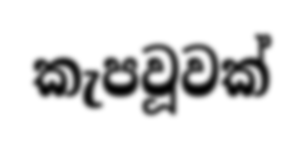
කැපවූවක්